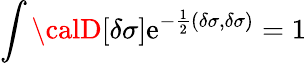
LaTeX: \int{\calD}[\delta\sigma]\mathrm{e}^{-\frac{{1}}{{2}}(\delta\sigma,\delta\sigma)}=1